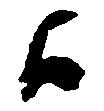
候